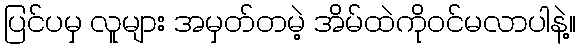
ပြင်ပမှ လူများ အမှတ်တမဲ့ အိမ်ထဲကိုဝင်မလာပါနဲ့။